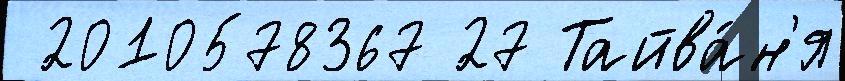
 2010578367 27 Тайва́н'я